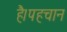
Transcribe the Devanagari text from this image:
है।पहचान